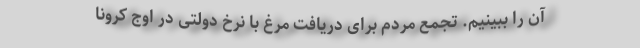
آن را ببینیم. تجمع مردم برای دریافت مرغ با نرخ دولتی در اوج کرونا